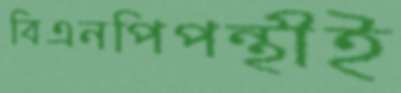
বিএনপিপন্থীই